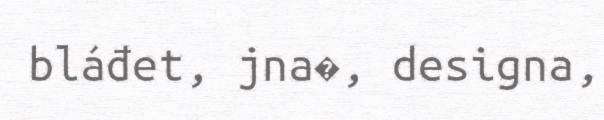
bláđet, jna�, designa,